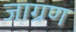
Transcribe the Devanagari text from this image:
जाग्रण